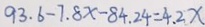
9 3 . 6 - 7 . 8 x - 8 4 . 2 4 = 4 . 2 x